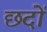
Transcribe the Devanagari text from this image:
छदों